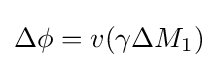
\Delta \phi =v(\gamma \Delta M_{1})